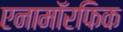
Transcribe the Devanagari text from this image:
एनामॉरफिक